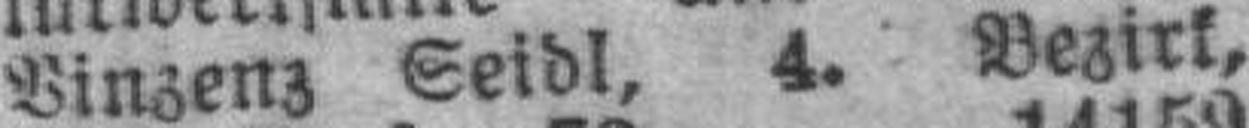
Vinzenz Seidl, 4. Bezirk,